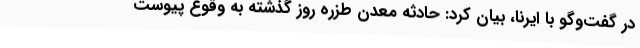
در گفت‌وگو با ایرنا، بیان کرد: حادثه معدن طزره روز گذشته به وقوع پیوست